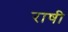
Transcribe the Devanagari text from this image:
राषी